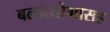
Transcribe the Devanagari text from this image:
बलप्रयोगासह